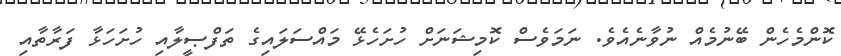
ކޮންމެހެން ބޭނުމެއް ނުވާނެއެވެ. ނަމަވެސް ކޮމިޝަނަށް ހުށަހެޅޭ މައްސަލައިގެ ތަފްޞީލާއި ހުށަހަޅާ ފަރާތާއި